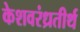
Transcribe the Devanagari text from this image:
केशवरंध्रतीर्थ